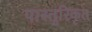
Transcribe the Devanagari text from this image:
पास्तुरिकृत